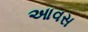
આવસ